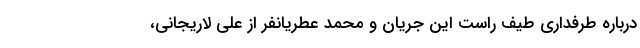
درباره طرفداری طیف راست این جریان و محمد عطریانفر از علی لاریجانی،